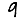
Digit: 9